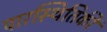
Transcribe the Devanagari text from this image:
पारस्थितिकी